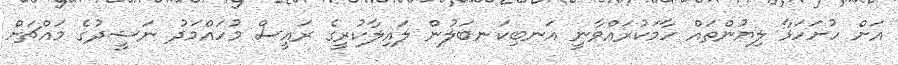
އަށް ހުށަހަޅާ ލިޔުންތައް ހާމަކުރައްވާނީ އަނބިކަނބަލުން ލައިލާކުރީގެ ރައީސް މުހައްމަދު ނަޝީދުގެ މައްޗަށް